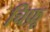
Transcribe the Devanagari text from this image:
चिफ़ू